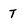
Character: T